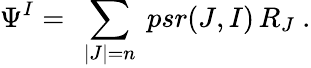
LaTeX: \Psi^{I}=\ \sum_{|J|=n}\ psr(J,I)\, R_{J}\ .